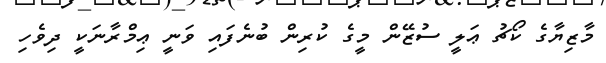
މާޒިޔާގެ ކޯޗު ޢަލީ ސުޒޭން މީގެ ކުރިން ބުނެފައި ވަނީ ޢިމްރާނަކީ ދިވެހި